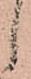
し